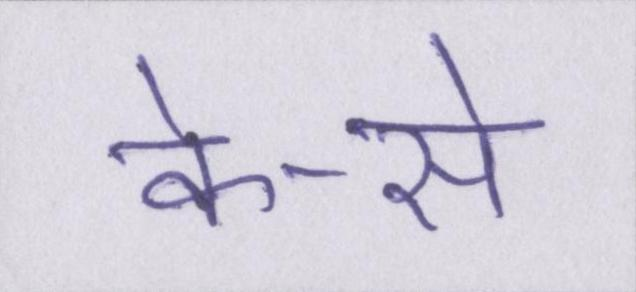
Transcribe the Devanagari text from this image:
के-से